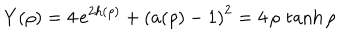
LaTeX: Y ( \rho ) = 4 \, e ^ { 2 h ( \rho ) } + \left( a ( \rho ) - 1 \right) ^ { 2 } = 4 \, \rho \, \tanh \rho \quad